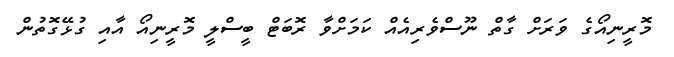
މޮރީނިއޯގެ ވަރަށް ގާތް ނޫސްވެރިއެއް ކަމަށްވާ ރޮބަޓް ބީސްލީ މޮރީނިއޯ އާއި ގުޅޭގޮތުން